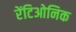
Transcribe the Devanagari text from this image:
रेंटिओनिक